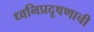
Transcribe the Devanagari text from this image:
ध्वनिप्रदूषणाची